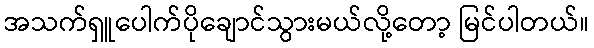
အသက်ရှူပေါက်ပိုချောင်သွားမယ်လို့တော့ မြင်ပါတယ်။